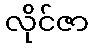
လိုင်ဇာ